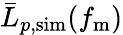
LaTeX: \bar{L}_{p,\mathrm{sim}}(f_{\mathrm{m}})